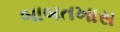
બાબતખાસ